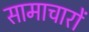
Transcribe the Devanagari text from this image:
सामाचारों